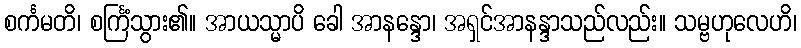
စင်္ကမတိ၊ စင်္ကြံသွား၏။ အာယသ္မာပိ ခေါ အာနန္ဒော၊ အရှင်အာနန္ဒာသည်လည်း။ သမ္ဗဟုလေဟိ၊